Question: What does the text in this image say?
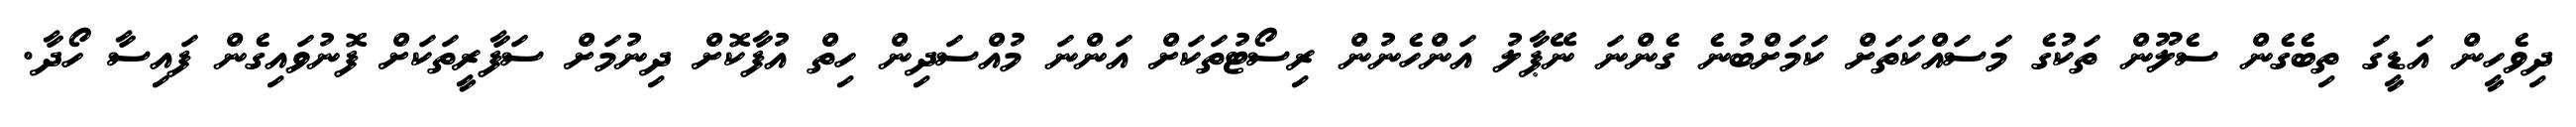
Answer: ދިވެހީން އަޑީގަ ތިބެގެން ސެލޫން ތަކުގެ މަސައްކަތަށް ކަމަށްބުނެ ގެންނަ ނޭޕާލު އަންހެނުން ރިސޯޓުތަކަށް އަންނަ މުއްސަދިން ހިތް އުފާކޮށް ދިނުމަށް ސަފާރީތަކަށް ފޮނުވައިގެން ފައިސާ ހޯދާ.